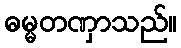
ဓမ္မတဏှာသည်။